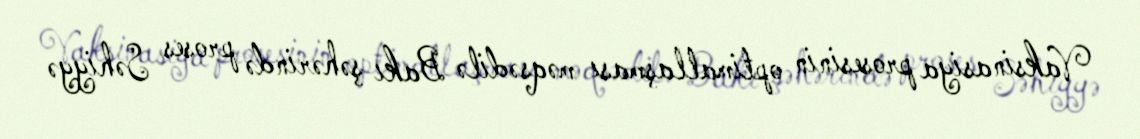
Vaksinasiya prosesinin optimallaşması məqsədilə Bakı şəhərində proses Səhiyyə